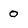
Character: 0